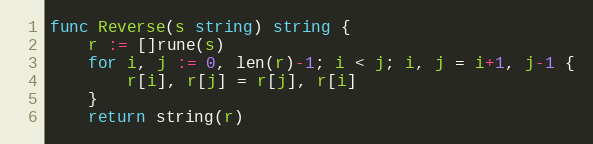
Language: Go
func Reverse(s string) string {
	r := []rune(s)
	for i, j := 0, len(r)-1; i < j; i, j = i+1, j-1 {
		r[i], r[j] = r[j], r[i]
	}
	return string(r)